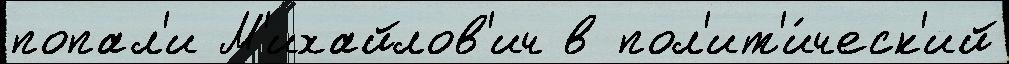
попал'и М'ихайлов'ич в пол'ит'и́ческ'ий